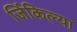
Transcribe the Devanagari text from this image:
जिंकिल्या